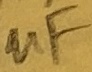
Text: uF